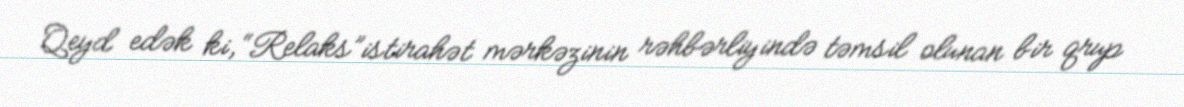
Qeyd edək ki, “Relaks”istirahət mərkəzinin rəhbərliyində təmsil olunan bir qrup